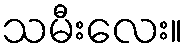
သမီးလေး။